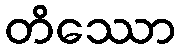
တိဿော